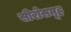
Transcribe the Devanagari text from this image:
सीरोसमूह